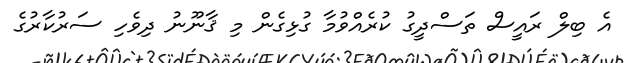
އެ ބިލް ރައީސް ތަސްދީގު ކުރެއްވުމާ ގުޅިގެން މި ޤާނޫނު ދިވެހި ސަރުކާރުގެ